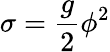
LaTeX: \sigma=\frac{g}{2}\phi^{2}